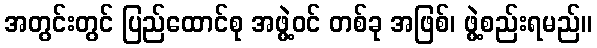
အတွင်းတွင် ပြည်ထောင်စု အဖွဲ့ဝင် တစ်ခု အဖြစ်၊ ဖွဲ့စည်းရမည်။